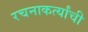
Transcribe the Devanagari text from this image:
रचनाकर्त्यांची